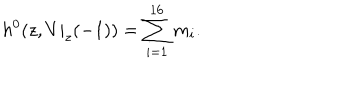
LaTeX: h ^ { 0 } ( z , V | _ { z } ( - 1 ) ) = \sum _ { i = 1 } ^ { 1 6 } m _ { i } .